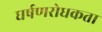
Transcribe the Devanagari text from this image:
घर्षणरोधकता